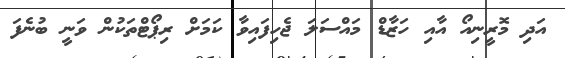
އަދި މޮރީނިއޯ އާއި ހަޒާޑް މަައްސަލަ ޖެހިފައިވާ ކަަމަށް ރިޕޯޓްތަކުން ވަނީ ބުނެފަ